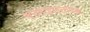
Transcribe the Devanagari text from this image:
भरणजलतापक